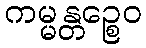
ကမ္မန္တဉ္စေဝ